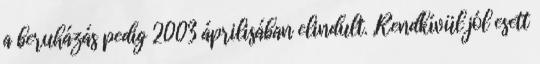
a beruházás pedig 2003 áprilisában elindult. „Rendkívül jól esett